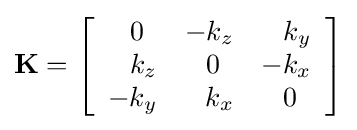
\mathbf {K} =\left[{\begin{array}{rrr}0\ \,&-k_{z}&k_{y}\\k_{z}&0\ \,&-k_{x}\\-k_{y}&k_{x}&0\ \,\end{array}}\right]